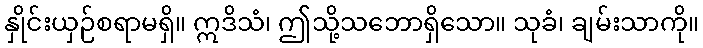
နှိုင်းယှဉ်စရာမရှိ။ ဣဒိသံ၊ ဤသို့သဘောရှိသော။ သုခံ၊ ချမ်းသာကို။